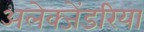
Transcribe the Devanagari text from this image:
अलेक्जेंडरिया